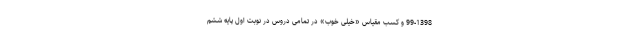
99-1398 و کسب مقیاس «خیلی خوب» در تمامی دروس در نوبت اول پایه ششم